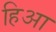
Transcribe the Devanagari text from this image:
हिआ